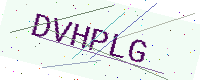
Text: DVHPLG